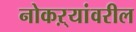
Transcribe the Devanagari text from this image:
नोकऱ्यांवरील